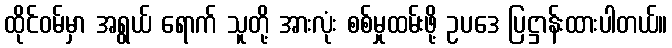
ထိုင်ဝမ်မှာ အရွယ် ရောက် သူတို့ အားလုံး စစ်မှုထမ်းဖို့ ဥပဒေ ပြဋ္ဌာန်းထားပါတယ်။